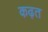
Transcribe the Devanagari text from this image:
कढ़त